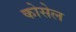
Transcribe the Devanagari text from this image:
कोसेल